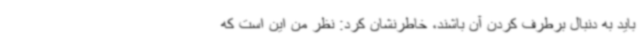
باید به دنبال برطرف کردن آن باشند، خاطرنشان کرد: نظر من این است که